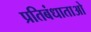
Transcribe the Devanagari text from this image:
प्रतिबंधाताओ